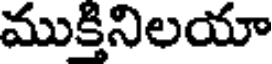
ముక్తినిలయా